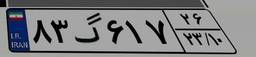
۶۰گ۳۰۰۸۴